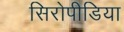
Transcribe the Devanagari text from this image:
सिरोपीडिया